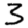
Digit: 3